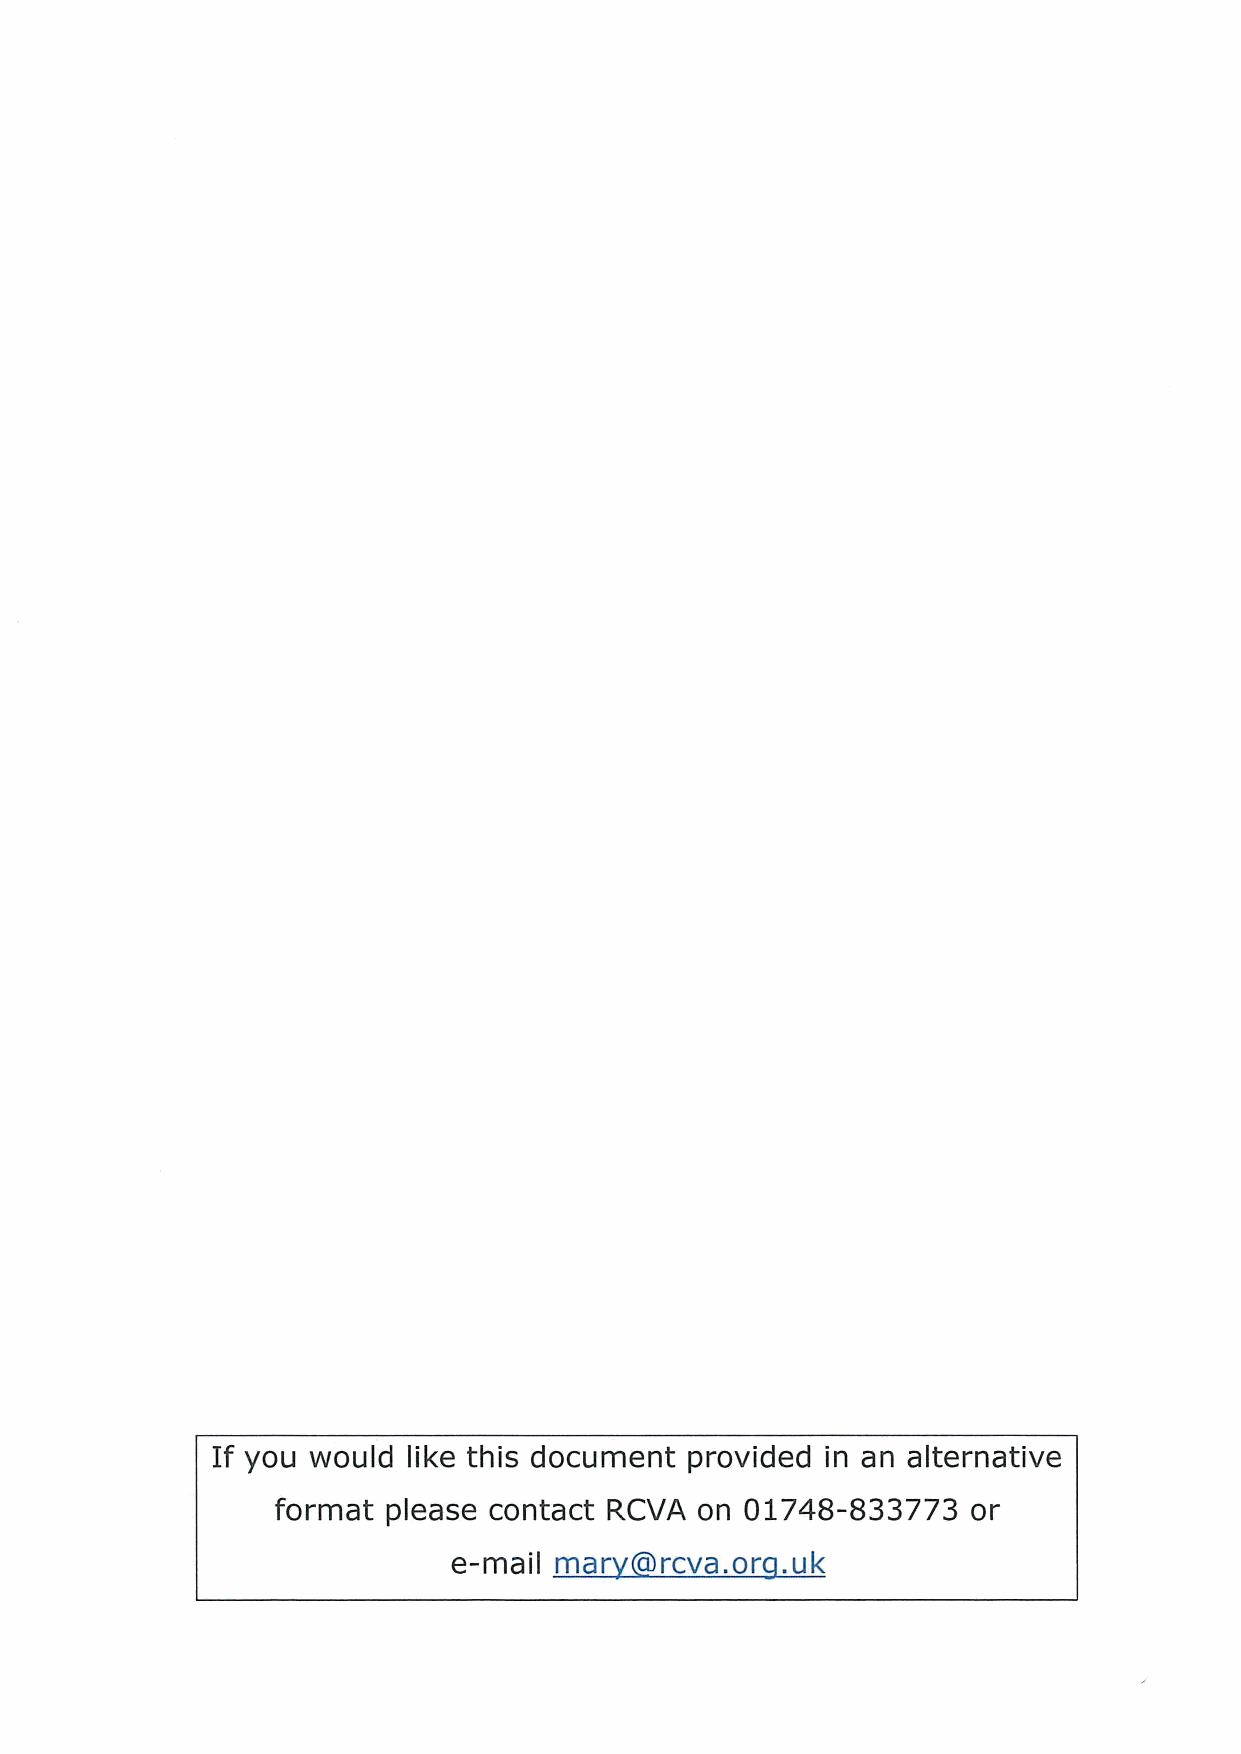
If you would like this document provided in an alternative
 format  please contact RCVA on 01748-833773   or
 e-mail mar    rcva. or .uk